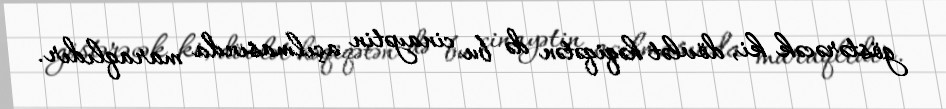
göstərəcək ki, dövlət həqiqətən də bu cinayətin açılmasında maraqlıdır.